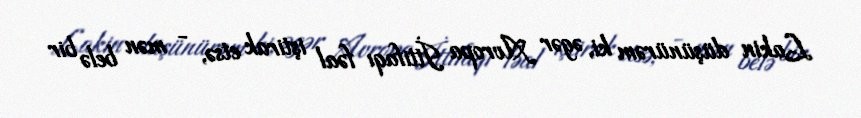
Lakin düşünürəm ki, əgər Avropa İttifaqı fəal iştirak etsə, - mən belə bir